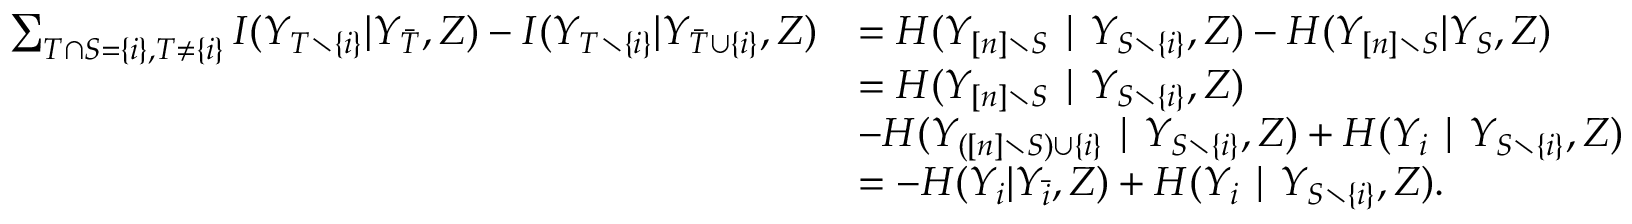
\begin{array} { r l } { \sum _ { T \cap S = \{ i \} , T \neq \{ i \} } I ( Y _ { T \setminus \{ i \} } | Y _ { \bar { T } } , Z ) - I ( Y _ { T \setminus \{ i \} } | Y _ { \bar { T } \cup \{ i \} } , Z ) } & { = H ( Y _ { [ n ] \setminus S } \mid Y _ { S \setminus \{ i \} } , Z ) - H ( Y _ { [ n ] \setminus S } | Y _ { S } , Z ) } \\ & { = H ( Y _ { [ n ] \setminus S } \mid Y _ { S \setminus \{ i \} } , Z ) } \\ & { - H ( Y _ { ( [ n ] \setminus S ) \cup \{ i \} } \mid Y _ { S \setminus \{ i \} } , Z ) + H ( Y _ { i } \mid Y _ { S \setminus \{ i \} } , Z ) } \\ & { = - H ( Y _ { i } | Y _ { \bar { i } } , Z ) + H ( Y _ { i } \mid Y _ { S \setminus \{ i \} } , Z ) . } \end{array}